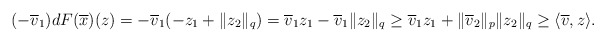
\begin{align*} (-\overline{v}_1)dF(\overline{x})(z)=-\overline{v}_1(-z_1+\|z_2\|_q) =\overline{v}_1 z_1-\overline{v}_1\|z_2\|_q \ge\overline{v}_1 z_1+ \|\overline{v}_2\|_p\|z_2\|_q \geq \langle \overline{v},z\rangle. \end{align*}